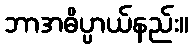
ဘာအဓိပ္ပာယ်နည်း။